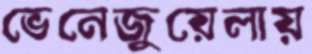
ভেনেজুয়েলায়